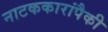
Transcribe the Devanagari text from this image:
नाटककारांपैकी